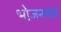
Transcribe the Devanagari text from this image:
भोजनमात्र